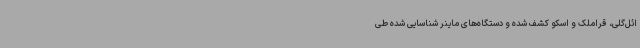
ائل‌گلی، قراملک و اسکو کشف شده‌ و دستگاه‌های ماینر شناسایی شده طی